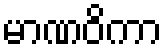
မာဏဝိကာ